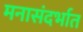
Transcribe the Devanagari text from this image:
मनासंदर्भात